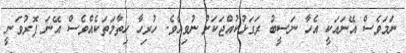
ނަމަވެސް އޭނައަކީ އެހާ ނަސީބު ރަގަޅުކުއްޖަކަށް ނުވިއެވެ. ހުރިހާ ހިތާމަތަކެއްވެސް އޭނަ ފޮރުވަނީ